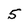
Character: 5